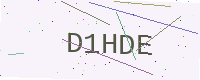
Text: D1HDE